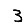
Digit: 3